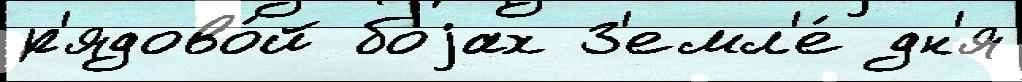
р'ядово́й боjах З'емл'е́ дн'я